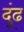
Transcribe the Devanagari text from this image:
दूंढ